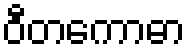
ဝီတကောဓာ